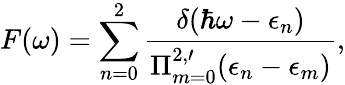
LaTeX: F(\omega)=\sum_{n=0}^{2}\frac{\delta(\hbar\omega-\epsilon_{n})}{\Pi_{m=0}^{2,\prime}(\epsilon_{n}-\epsilon_{m})},